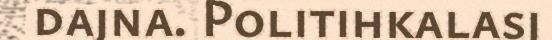
dajna. Politihkalasj